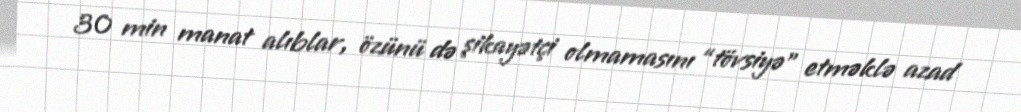
30 min manat alıblar, özünü də şikayətçi olmamasını “tövsiyə” etməklə azad